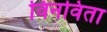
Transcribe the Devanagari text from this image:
विनविता